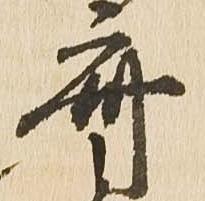
斎